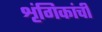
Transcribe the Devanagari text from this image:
शृंगिकांची